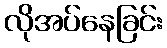
လိုအပ်နေခြင်း